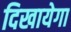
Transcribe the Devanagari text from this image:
दिखायेगा